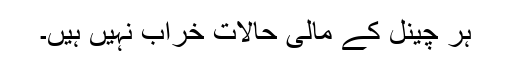
ہر چینل کے مالی حالات خراب نہیں ہیں۔